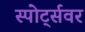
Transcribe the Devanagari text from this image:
स्पोर्ट्सवर